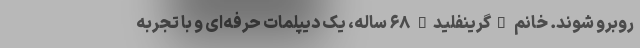
روبرو شوند. خانم "گرینفلید" ۶۸ ساله،‌ یک دیپلمات حرفه‌ای و با تجربه